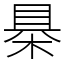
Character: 㮂